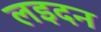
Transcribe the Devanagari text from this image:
लइदन